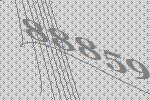
88859